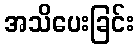
အသိပေးခြင်း